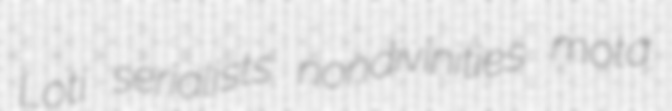
Loti serialists nondivinities mota